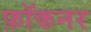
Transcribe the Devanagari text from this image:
फ़ॉकनर